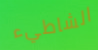
الشاطيء